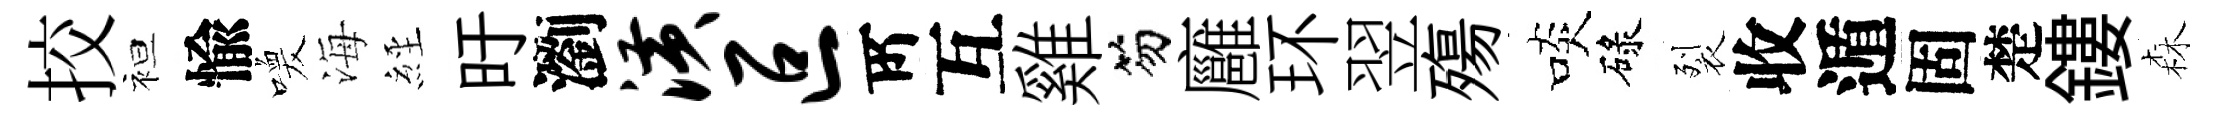
挍袒愉喚海𦀇旴瀏潢叵𠩄互雞笏廱环翌殤啖碌裂收遁固楚鏤森